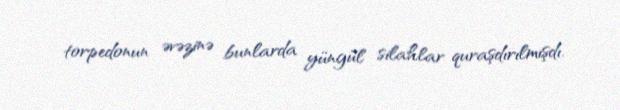
torpedonun əvəzinə bunlarda yüngül silahlar quraşdırılmışdı.